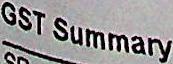
GST SUMMARY